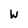
Character: W